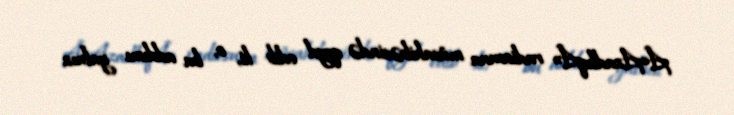
Â«AzadlıqÂ» radiosuna müsahibəsində qeyd edib ki, o, bu addımı yalnız